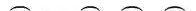
\frown \frown \frown